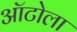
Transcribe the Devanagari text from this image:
ऑटोला